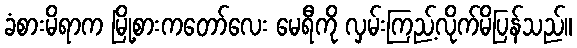
ခံစားမိရာက မြို့စားကတော်လေး မေရီကို လှမ်းကြည့်လိုက်မိပြန်သည်။